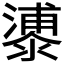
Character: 𣿀